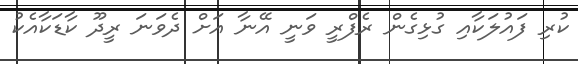
ކުރި ފައުލަކާއި ގުޅިގެން ރެފްރީ ވަނީ އޭނާ އަށް ދެވަނަ ރީދޫ ކާޑަކާއެކު